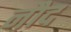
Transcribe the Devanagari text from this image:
नौद